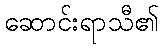
ဆောင်းရာသီ၏